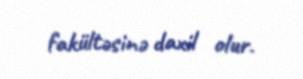
fakültəsinə daxil olur.